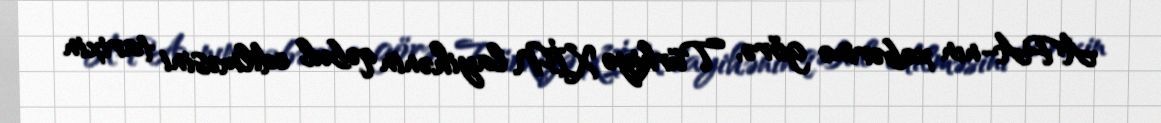
APA-nın xəbərinə görə, Türkiyə XİN layihənin qəbul edilməsini tarixin